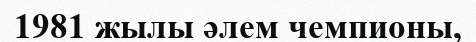
1981 жылы әлем чемпионы,